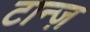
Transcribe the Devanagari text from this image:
टान्ज़